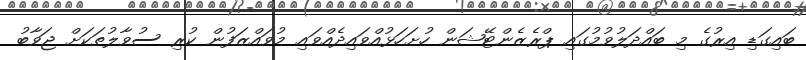
ބައިގަޑި އިރުގެ މި ބައްދަލުވުމުގައި ޕްރެޒެންޓޭޝަން ހުށަހަޅުއްވައިދެއްވައި މުވައްޒަފުން ކުރި ސުވާލުތަކަށް ޖަވާބު